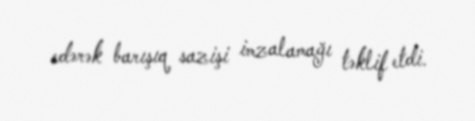
edərək barışıq sazişi imzalamağı təklif etdi.